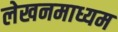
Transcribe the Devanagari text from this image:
लेखनमाध्यम